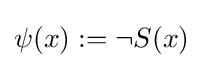
\psi (x):=\neg S(x)